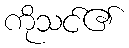
ကိုသင်၏